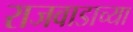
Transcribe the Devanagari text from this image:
राजवाडाच्या